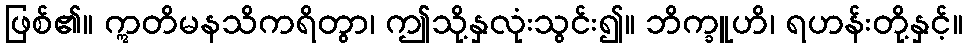
ဖြစ်၏။ ဣတိမနသိကရိတွာ၊ ဤသို့နှလုံးသွင်း၍။ ဘိက္ခူဟိ၊ ရဟန်းတို့နှင့်။